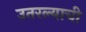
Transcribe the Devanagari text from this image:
उतरल्याची